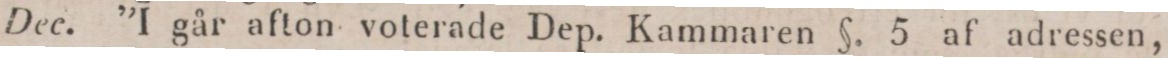
Dec. ”I går afton voterade Dep. Kammaren §. 5 af adressen,